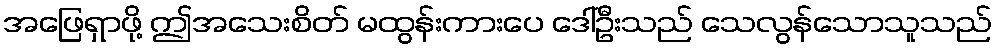
အဖြေရှာဖို့ ဤအသေးစိတ် မထွန်းကားပေ ဒေါ်ဦးသည် သေလွန်သောသူသည်